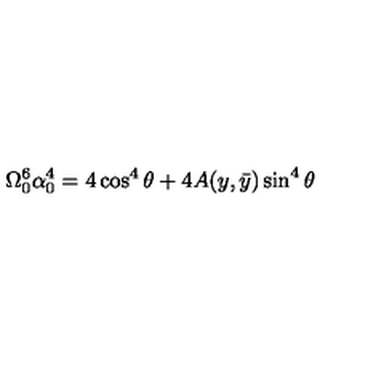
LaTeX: \Omega _ { 0 } ^ { 6 } \alpha _ { 0 } ^ { 4 } = 4 \cos ^ { 4 } \theta + 4 A ( y , \bar { y } ) \sin ^ { 4 } \theta